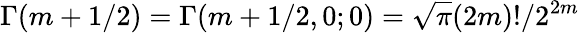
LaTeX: \Gamma(m+1/2)=\Gamma(m+1/2,0;0)=\sqrt{\pi}{(2m)!/2^{2m}}